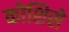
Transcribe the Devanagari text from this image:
कोशिसे